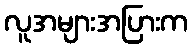
လူအများအပြားက